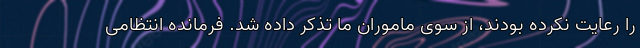
را رعایت نکرده بودند، از سوی ماموران ما تذکر داده شد. فرمانده انتظامی